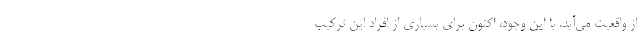
از واقعیت می‌آید. با این وجود، اکنون برای بسیاری از افراد این ترکیب